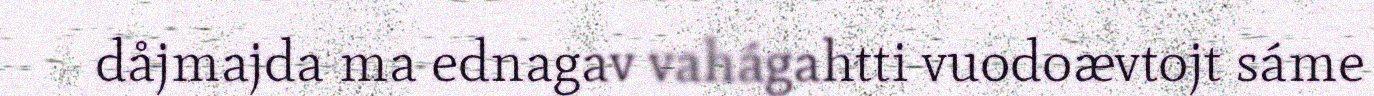
dåjmajda ma ednagav vahágahtti vuodoævtojt sáme